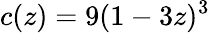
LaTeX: c(z)=9(1-3z)^{3}